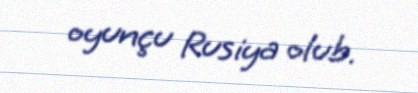
oyunçu Rusiya olub.